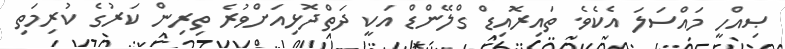
ޞިއްހީ މައްސަލަ އެކެވެ. ތައިރޮއިޑް ގްލޭންޑް އަކީ ދަތްދޮޅިއަށްވުރެ ތިރިން ކަރުގެ ކުރިމަތި